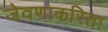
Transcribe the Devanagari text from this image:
जेवणाकरिता